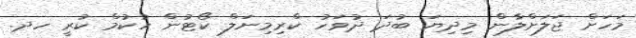
މަހަށް ޖަލަށްލާން މިދިޔަ ބުދަ ދުވަހު ކްރިމިނަލް ކޯޓުން ހުކުމް ކުރީ ހދ.